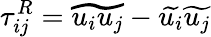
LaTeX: \tau_{ij}^{R}=\widetilde{u_{i}u_{j}}-\widetilde{u_{i}}\widetilde{u_{j}}